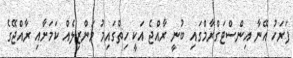
ފަރަހު އޭނާ އިންސްޓަގްރާމްގައި ބުނީ ރާއްޖެ އަކީ ހިތްގައިމު މަންޒިލެއް ކަމަށާއި ރާއްޖޭގެ